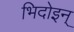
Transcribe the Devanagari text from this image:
भिदोइन्